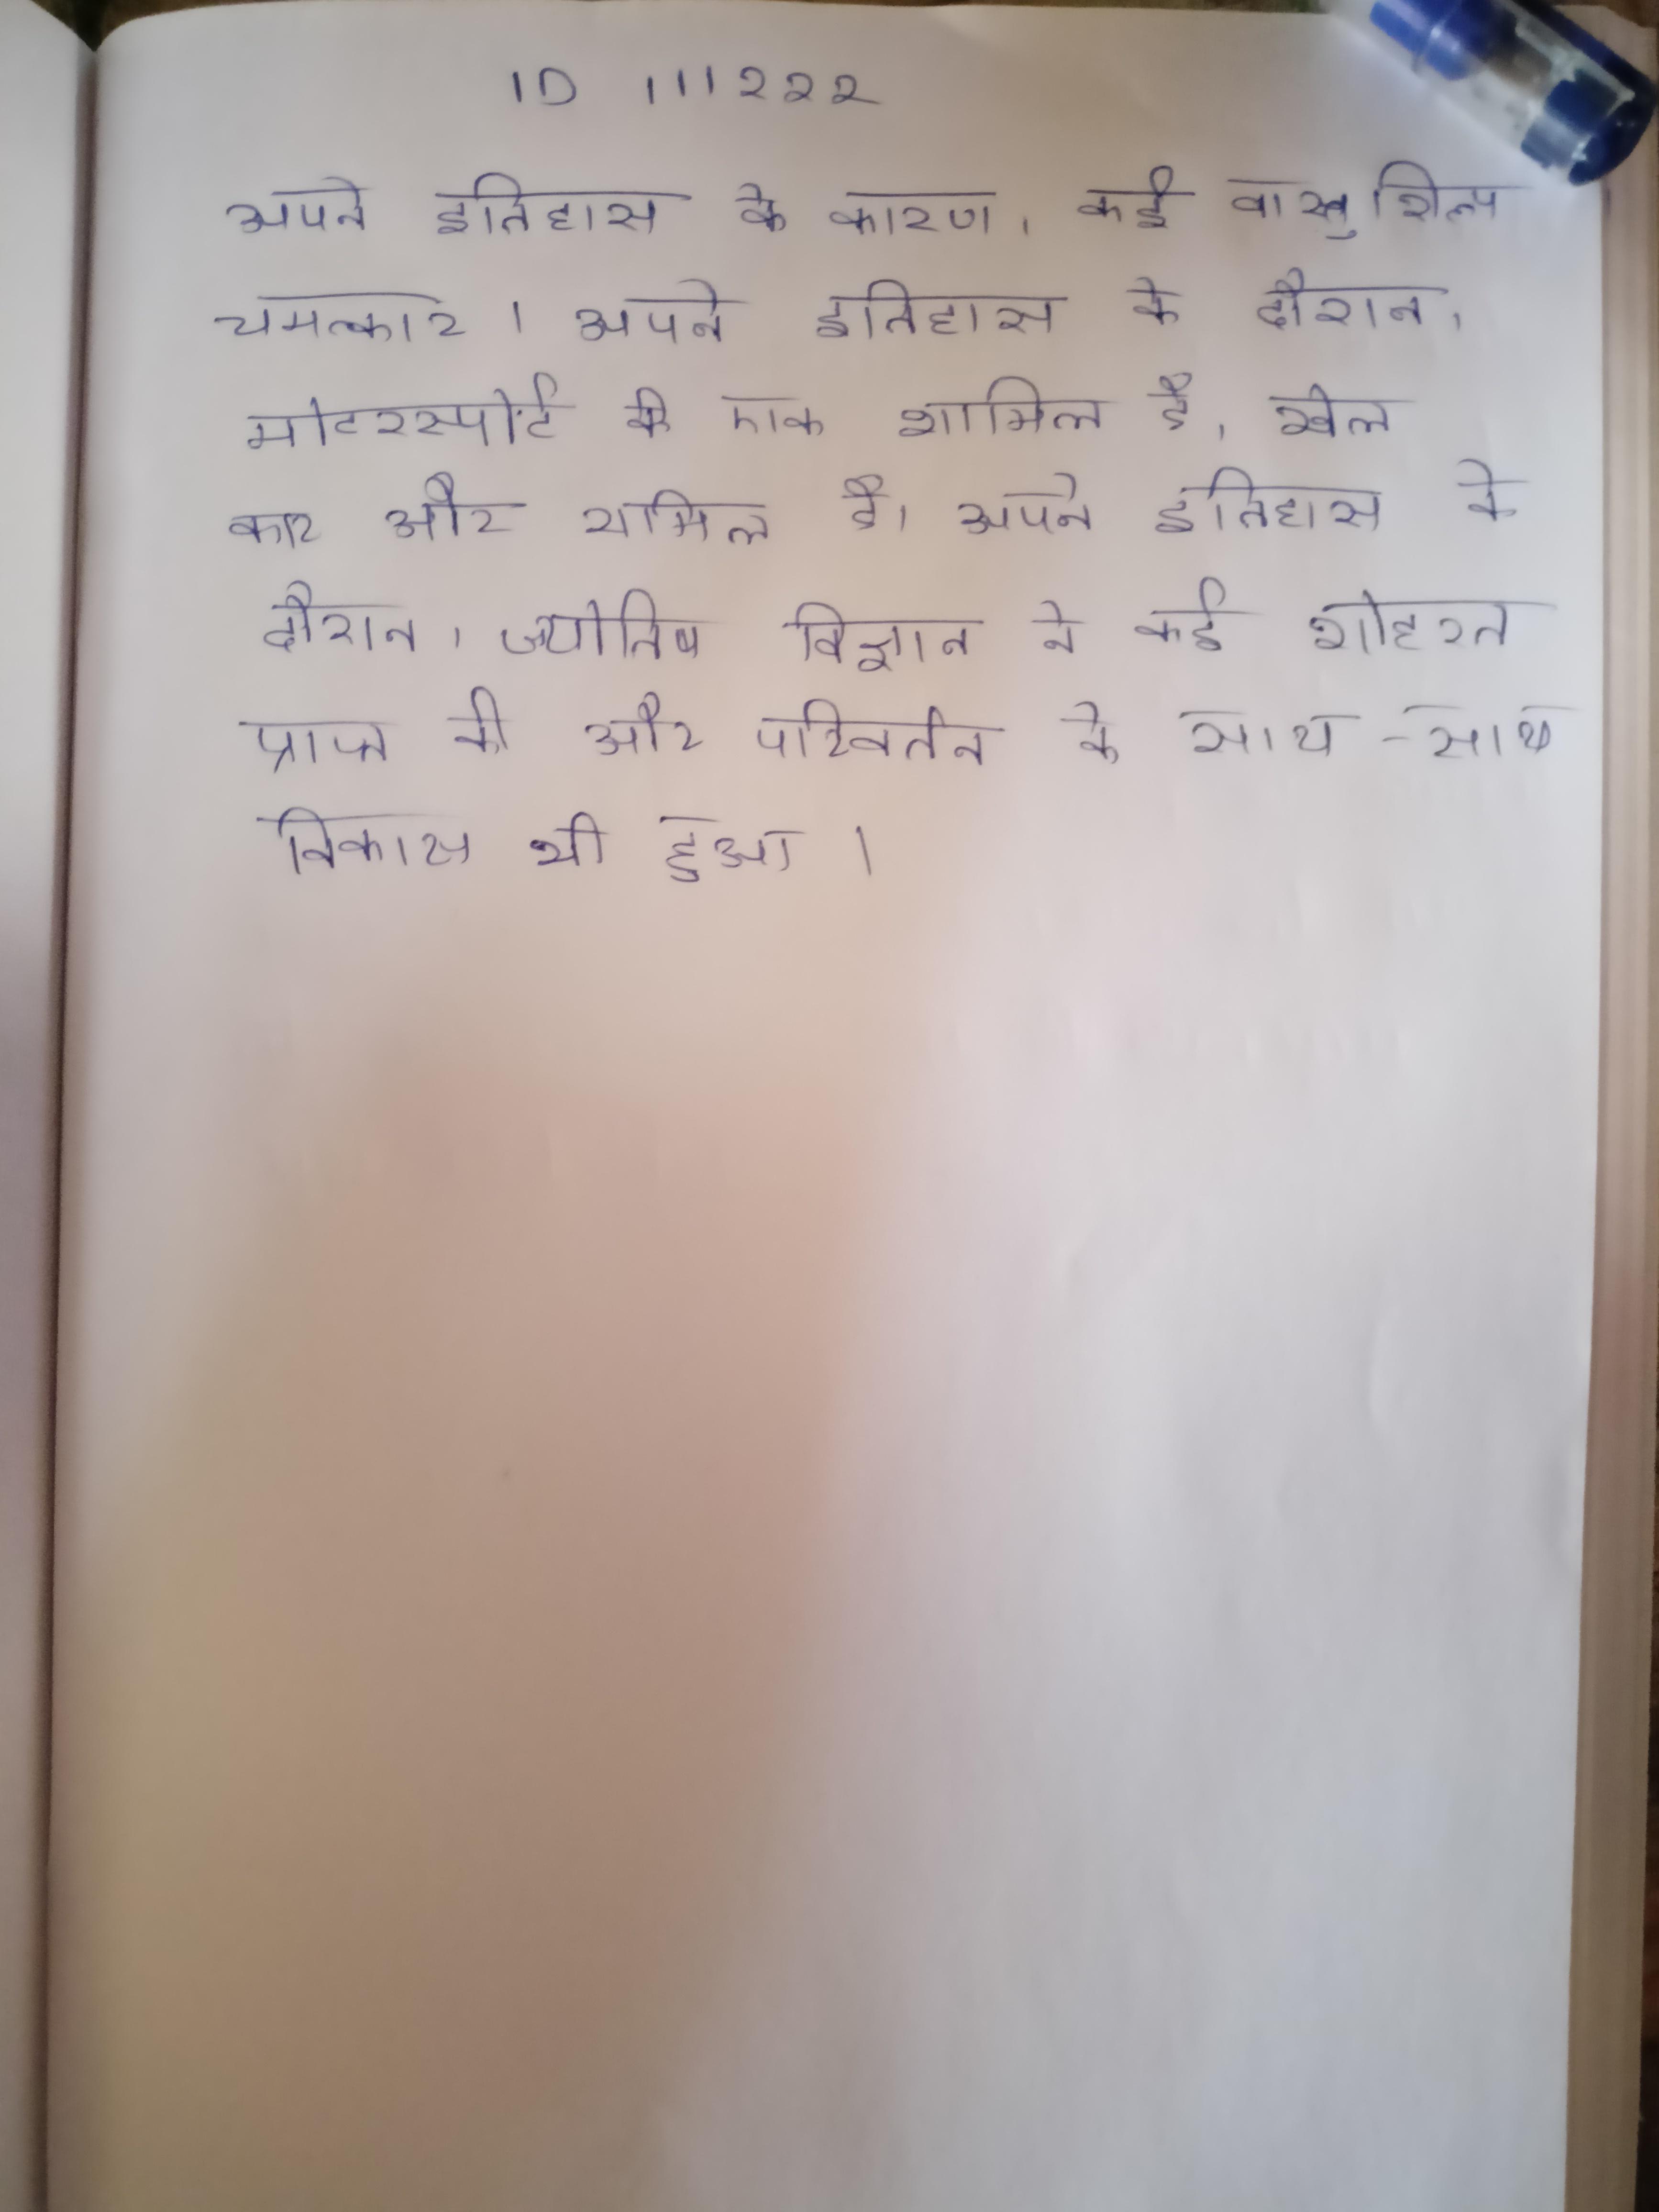
अपने इतिहास के कारण, कई वास्तुशिल्प चमत्कार । अपने इतिहास के दौरान, मोटरस्पोर्ट की एक शामिल है, खेल कार और शामिल है । अपने इतिहास के दौरान, ज्योतिष विज्ञान ने कई शोहरत प्राप्त की और परिवर्तन के साथ-साथ विकास भी हुआ ।